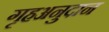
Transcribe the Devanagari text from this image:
गृहअनुदान